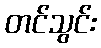
တင်သွင်း